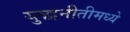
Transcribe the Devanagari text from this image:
युद्धनीतीमध्ये